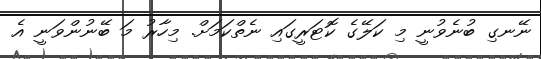
ނޭނގި ބުނެވުނީ މި ކަލޭގެ ކޮޓަރީގައި ނެތްކަމަށް. މިހާރު މަ ބޭނުންވަނީ އެ